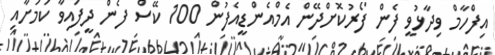
އިފްހާމް ވިދާޅުވީ ފެން ފޯރުކޮށްދޭން އެމްއެންޑީއެފުން 100 ކޭސް ފެން ދީފައިވާ ކަމަށާއި